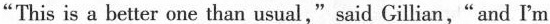
"This is a better one than usual,"said Gillian,"and I'm